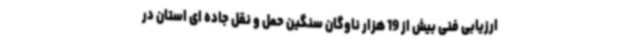
ارزیابی فنی بیش از 19 هزار ناوگان سنگین حمل و نقل جاده ای استان در